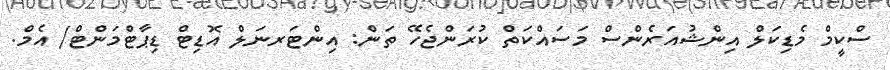
ސްކީމް މެޑިކަލް އިންޝުއަރެންސް މަސައްކަތް ކުރަންޖެހޭ ތަން: އިންޓަރނަލް އޮޑިޓް ޑިޕާޓްމަންޓް/ އެމް.